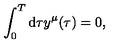
\int _ { 0 } ^ { T } \mathrm { d } \tau y ^ { \mu } ( \tau ) = 0 ,